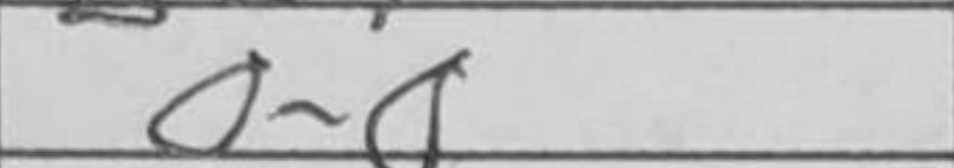
Transcription: O-O